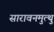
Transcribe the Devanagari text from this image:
सारावनमुत्थु